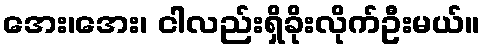
အေး၊အေး၊ ငါလည်းရှိခိုးလိုက်ဦးမယ်။